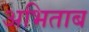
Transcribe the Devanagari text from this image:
अभिताब